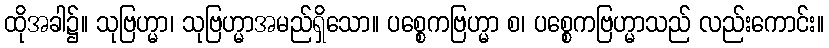
ထိုအခါ၌။ သုဗြဟ္မာ၊ သုဗြဟ္မာအမည်ရှိသော။ ပစ္စေကဗြဟ္မာ စ၊ ပစ္စေကဗြဟ္မာသည် လည်းကောင်း။